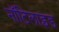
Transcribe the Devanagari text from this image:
नॉटिलाइड